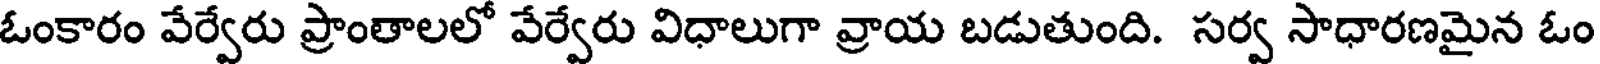
ఓంకారం వేర్వేరు ప్రాంతాలలో వేర్వేరు విధాలుగా వ్రాయ బడుతుంది. సర్వ సాధారణమైన ఓం